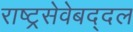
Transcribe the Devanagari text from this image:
राष्ट्रसेवेबद्दल